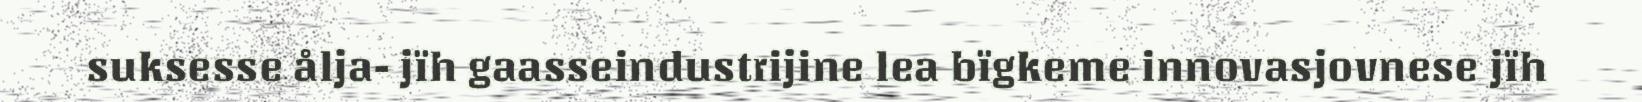
suksesse ålja- jïh gaasseindustrijine lea bïgkeme innovasjovnese jïh